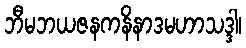
ဘီမဘယဇနကနိနာဒမဟာသဒ္ဒါ၊